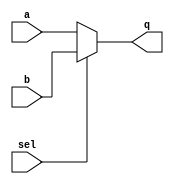
module MUX(
	input [31:0] a, b,
	input sel,
	output [31:0] q
);

assign q = sel ? b : a;

endmodule